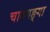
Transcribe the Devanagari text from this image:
चारुगङ्गा